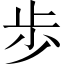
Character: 歩